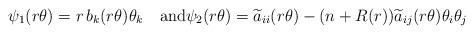
\begin{align*}\psi_1(r\theta)=r\,b_k(r\theta)\theta_k \quad\hbox{and}\psi_2(r\theta)=\widetilde a_{ii}(r\theta)-(n+R(r))\widetilde a_{ij}(r\theta)\theta_i\theta_j\end{align*}